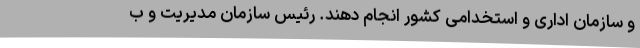
و سازمان اداری و استخدامی کشور انجام دهند. رئیس سازمان مدیریت و ب